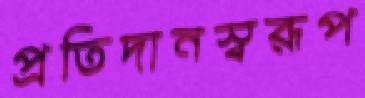
প্রতিদানস্বরূপ